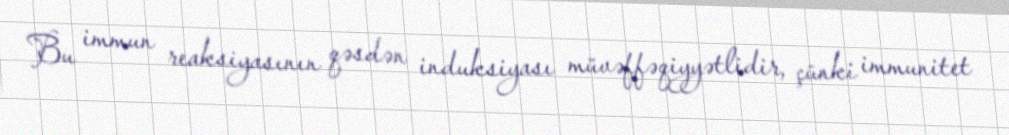
Bu immun reaksiyasının qəsdən induksiyası müvəffəqiyyətlidir, çünki immunitet